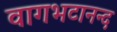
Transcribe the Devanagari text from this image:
वागभटानन्द